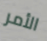
الأمر